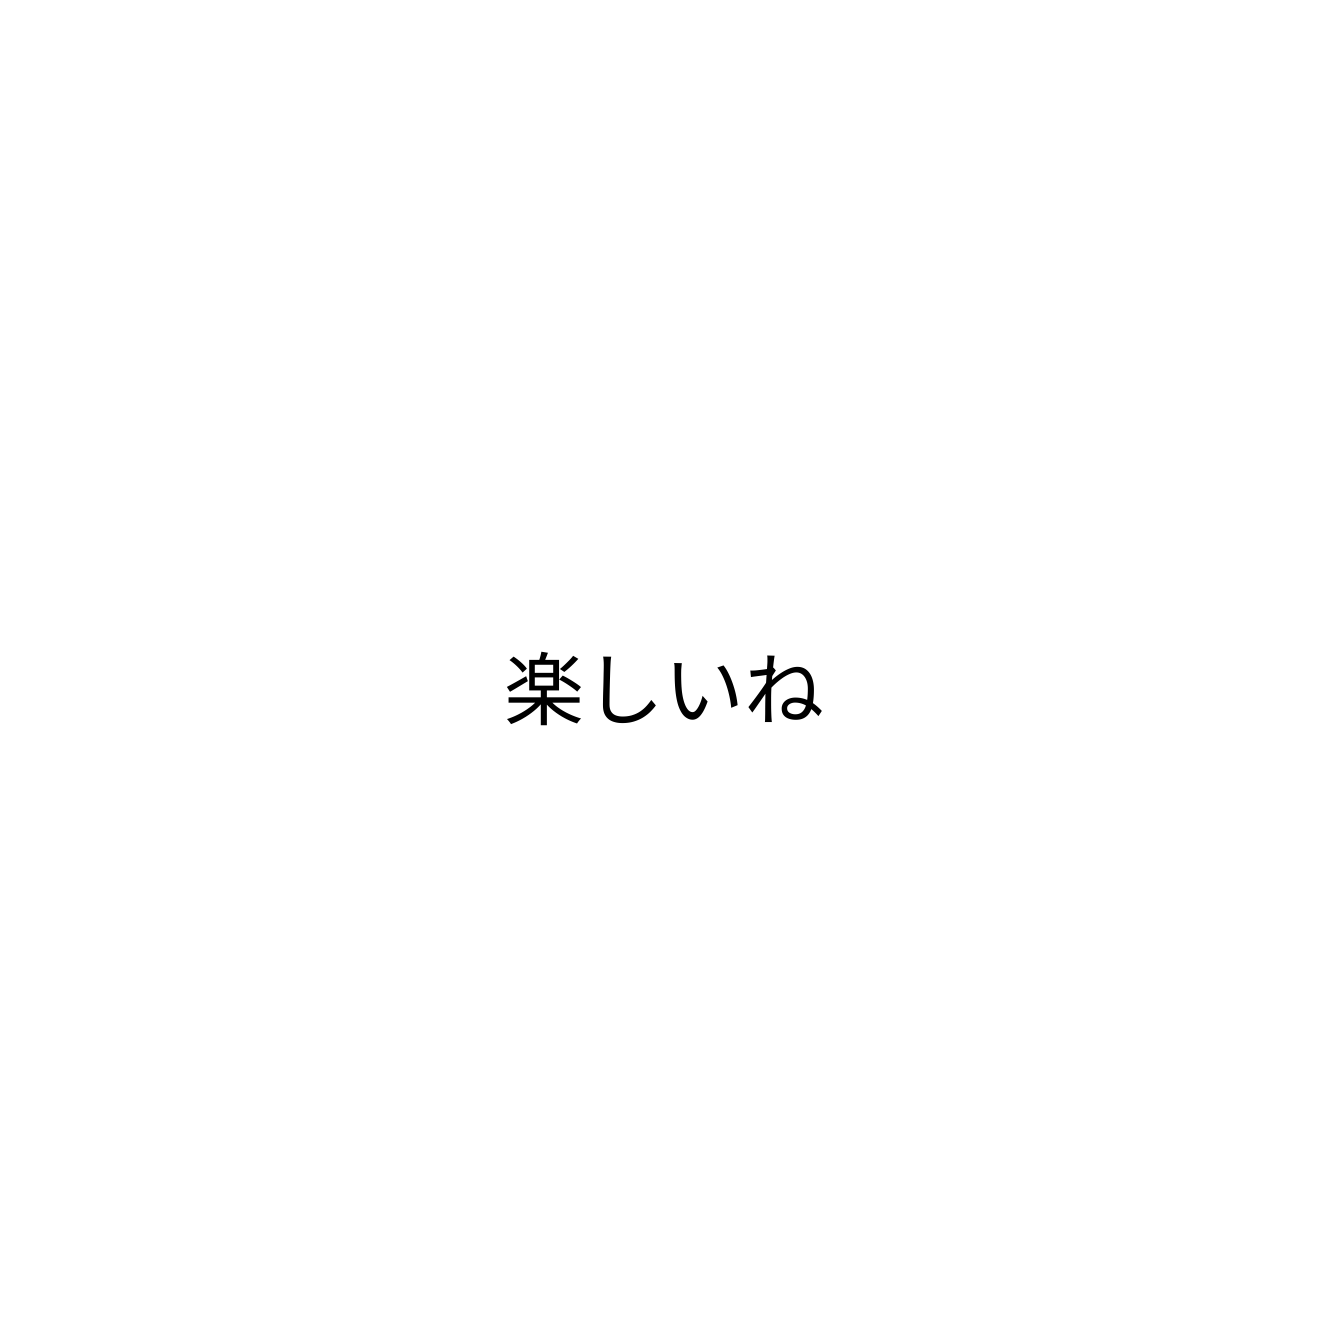
楽しいね